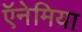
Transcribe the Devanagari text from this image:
ऍनेमिया